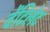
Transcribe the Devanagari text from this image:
वेंटिलेट